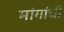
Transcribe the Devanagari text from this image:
मांगांची